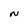
Character: N